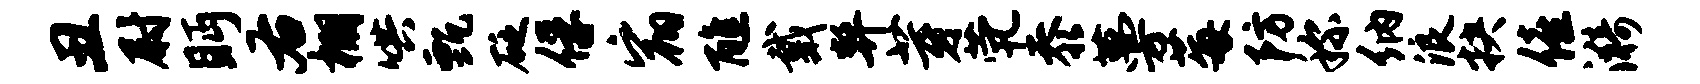
丑尉眄右棚哄甄砭俘宿醮戴弊芽茕忝蔓莓防称纳浪抉僖漪